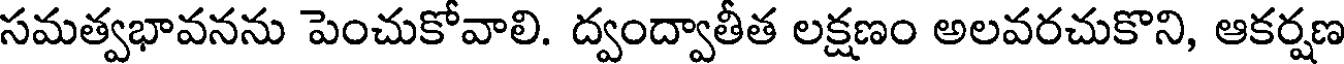
సమత్వభావనను పెంచుకోవాలి. ద్వంద్వాతీత లక్షణం అలవరచుకొని, ఆకర్షణ